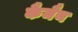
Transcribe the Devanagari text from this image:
कैमैन